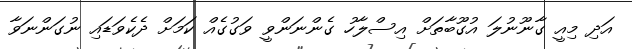
އަދި މިއީ ގާނޫނުލަ އުގޫބާތަށް އިސްލާހު ގެންނަންވީ ވަގުގެއް ކަމަށް ދެކެވަޑައި ނުގަންނަވާ